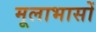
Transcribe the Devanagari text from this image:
मूलाभासों